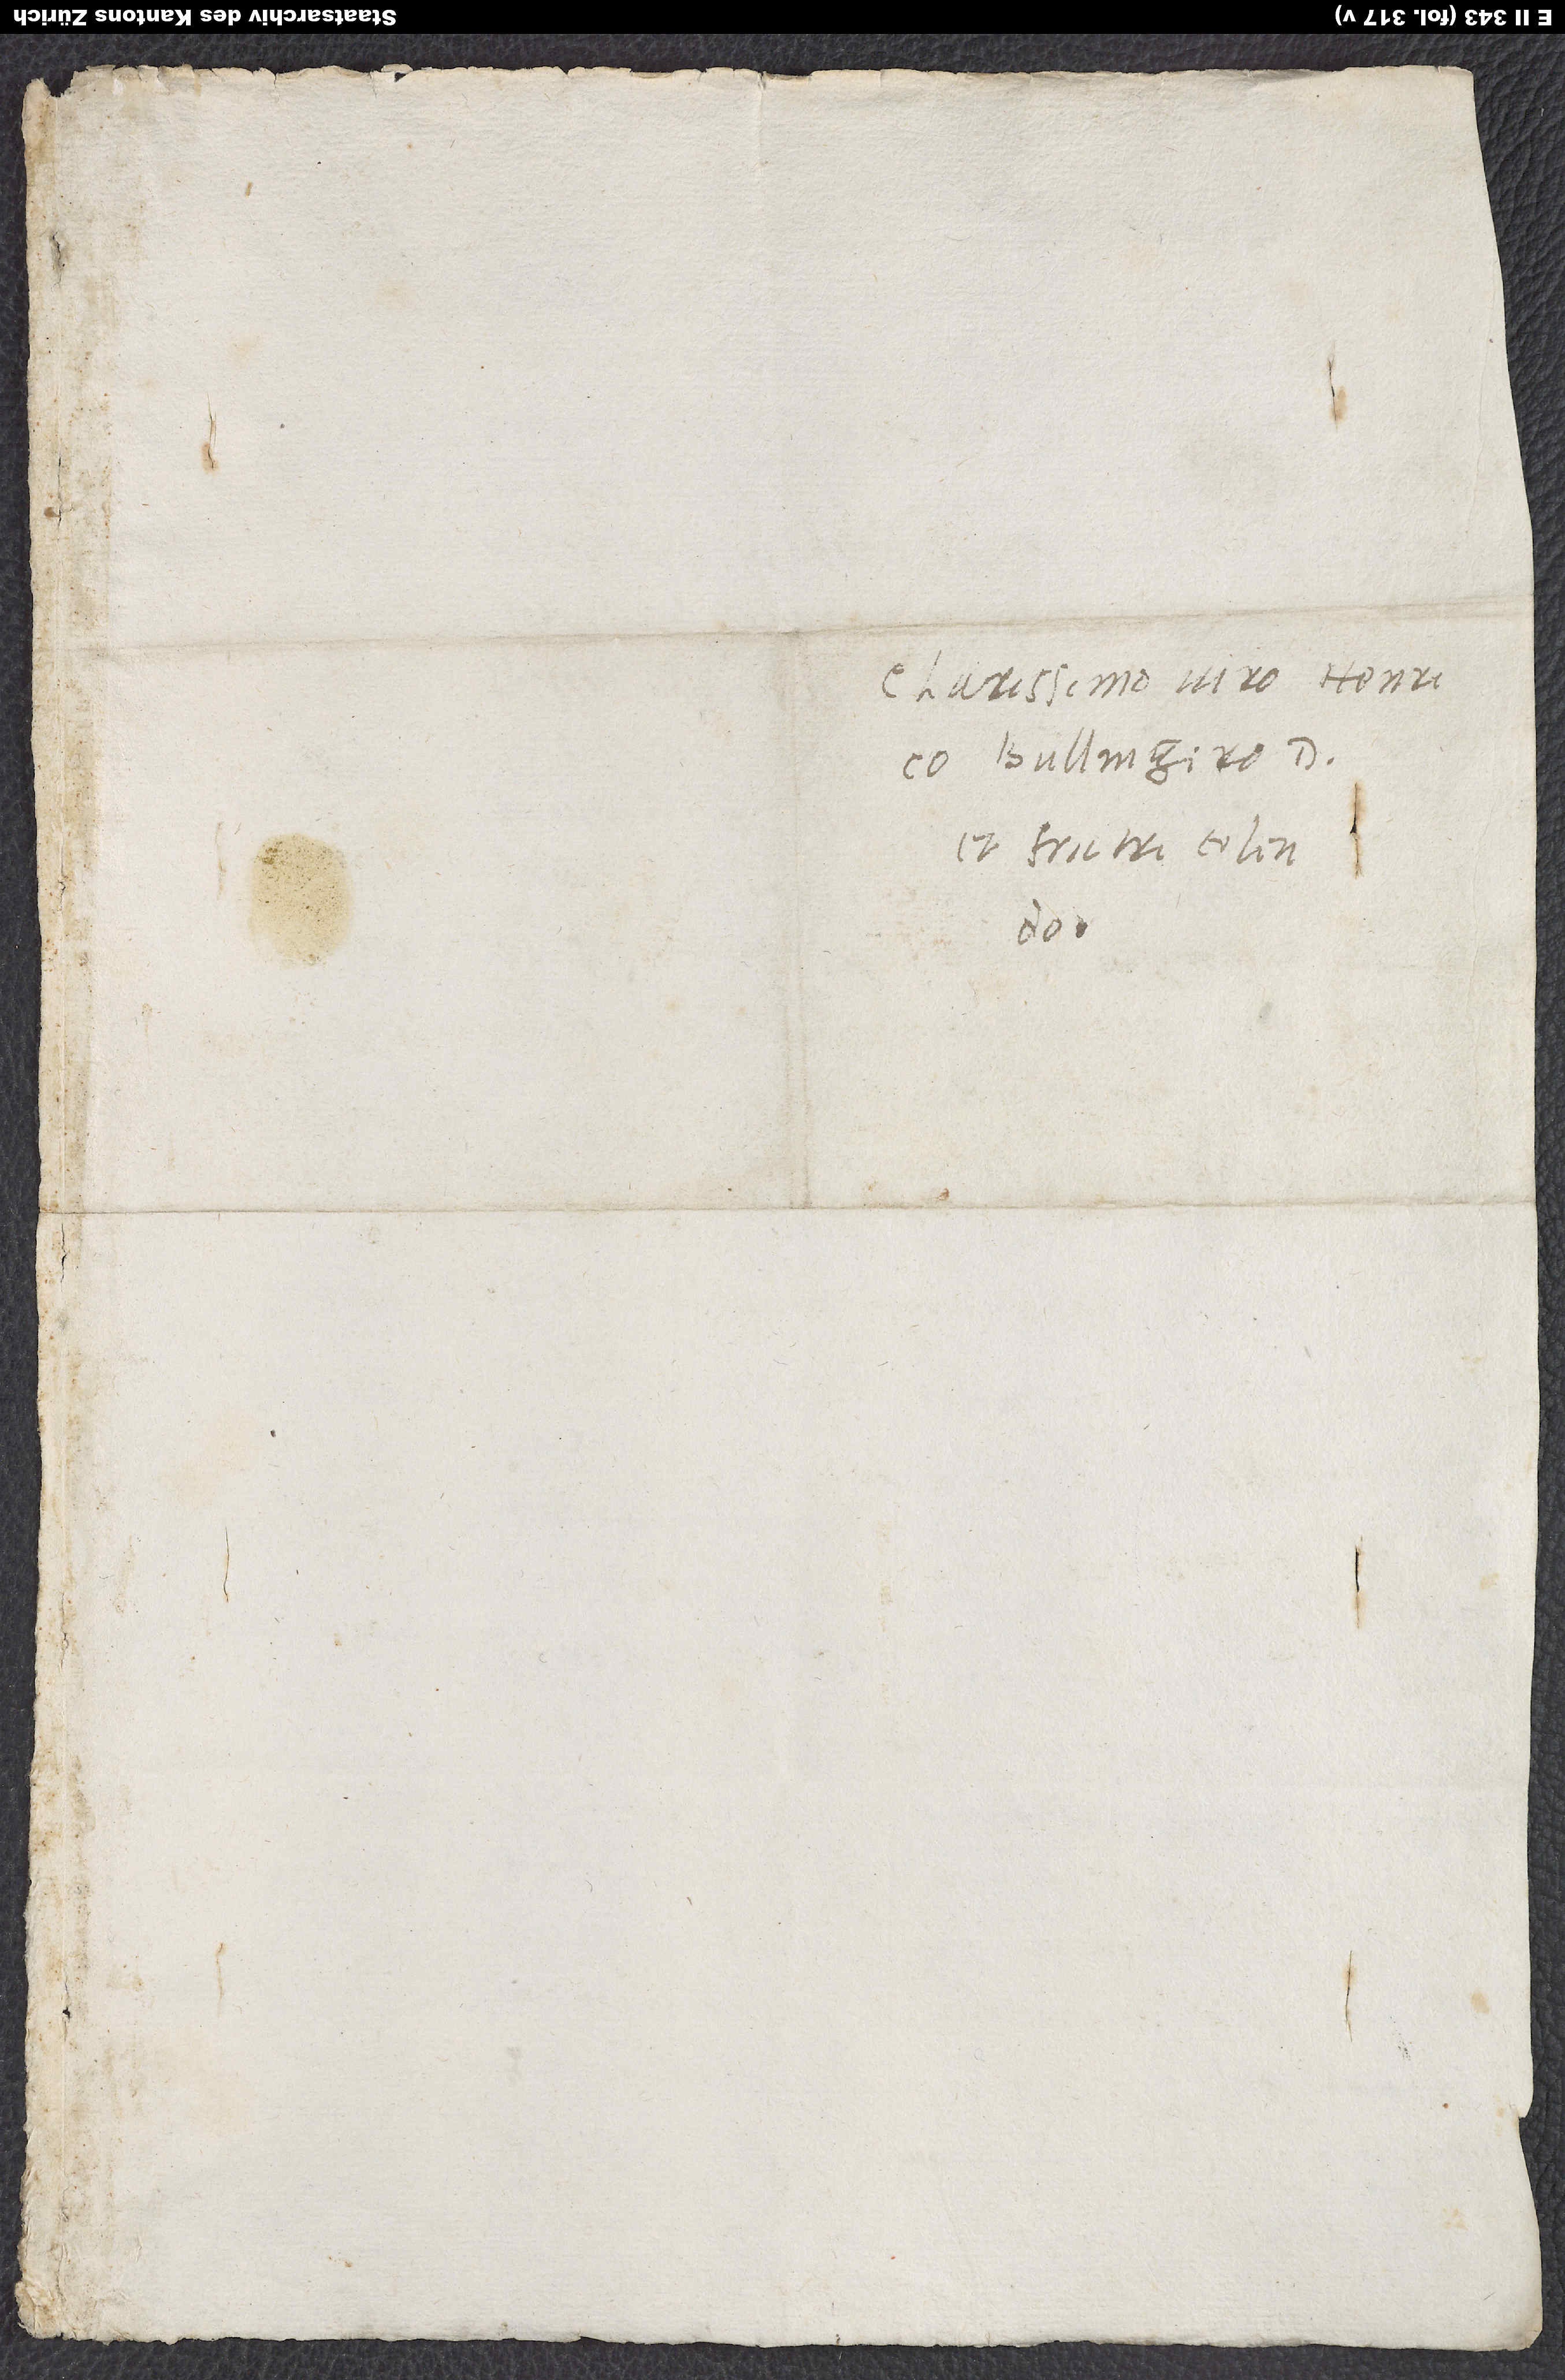
Clarissimo viro Henrico
Bullingero, d.
et fratri colendo.